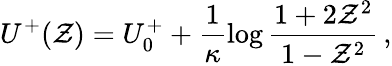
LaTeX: U^{+}(\mathcal{Z})=U_{0}^{+}+\frac{{1}}{{\kappa}}\log\frac{{1+2\mathcal{Z}^{2}}}{{1-\mathcal{Z}^{2}}}\, ,